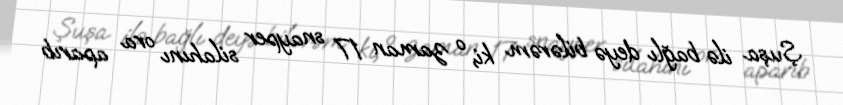
Şuşa ilə bağlı deyə bilərəm ki, o zaman 17 snayper silahını ora aparıb